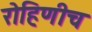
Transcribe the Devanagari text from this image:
रोहिणीच